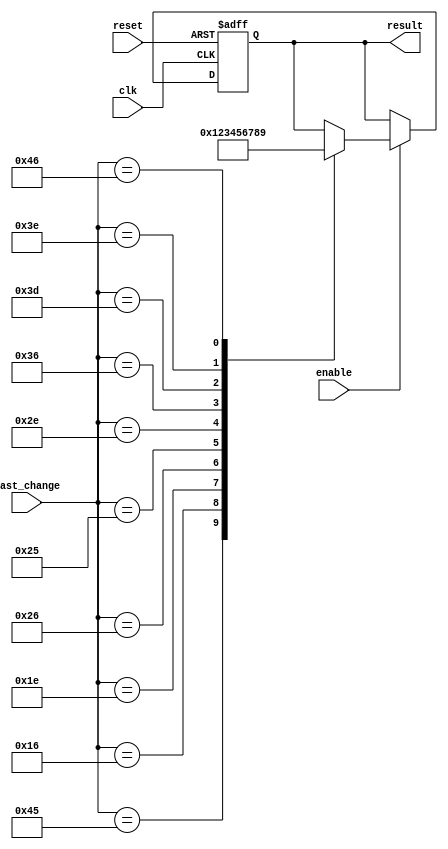
module key_choose(
    input [8:0] last_change,
    input reset,
    input enable,
    input clk,
    output [3:0] result
    );
    
reg [3:0] result, result_next;
always @(last_change)
begin
    case(last_change)
    9'h045: // 0
        result_next[3:0] <= 4'd0;
    9'h016: // 1
        result_next[3:0] <= 4'd1;
    9'h01E: // 2
        result_next[3:0] <= 4'd2;
    9'h026: // 3
        result_next[3:0] <= 4'd3;
    9'h025: // 4
        result_next[3:0] <= 4'd4;
    9'h02E: // 5
        result_next[3:0] <= 4'd5;
    9'h036: // 6
        result_next[3:0] <= 4'd6;
    9'h03D: // 7
        result_next[3:0] <= 4'd7;
    9'h03E: // 8
        result_next[3:0] <= 4'd8;
    9'h046: // 9
        result_next[3:0] <= 4'd9;
    default:
        result_next[3:0] <= result[3:0];
    endcase 
end

always @(posedge clk or negedge reset)
begin
    if(~reset)
        result[3:0] <= 4'd0;
    else if(enable)
        result[3:0] <= result_next[3:0];
    else 
        result[3:0] <= result[3:0];
end
 
endmodule